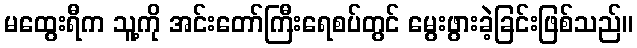
မထွေးရီက သူ့ကို အင်းတော်ကြီးရေစပ်တွင် မွေးဖွားခဲ့ခြင်းဖြစ်သည်။